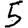
Digit: 5